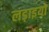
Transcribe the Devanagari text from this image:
लड़ाइयो